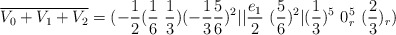
\begin{align*}{\overline {V_0+V_1+V_2}}=( -{1\over 2} ({1\over 6}~{1\over 3}) (-{1\over 3} {5 \over 6})^2 \vert\vert {e_1\over 2} ~({5\over 6})^2 \vert ({1\over 3})^5 ~0_r^5 ~({2\over 3})_r ) \\\end{align*}